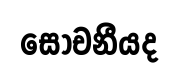
සෝචනීයද